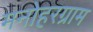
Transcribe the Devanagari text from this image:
मनोहरग्राम